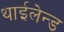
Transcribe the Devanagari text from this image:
थाईलेन्ड